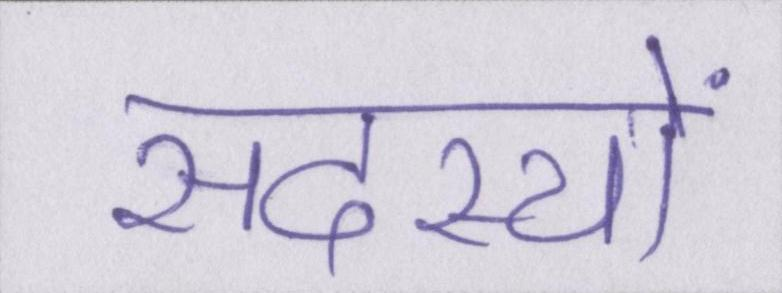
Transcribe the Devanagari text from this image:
सदस्यों